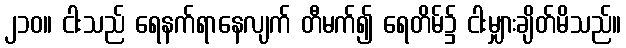
၂၁၀။ ငါးသည် ရေနက်ရာနေလျက် တီမက်၍ ရေတိမ်၌ ငါးမျှားချိတ်မိသည်။